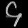
Digit: ၄